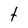
Character: t